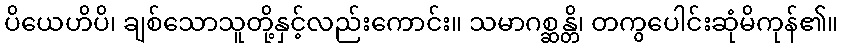
ပိယေဟိပိ၊ ချစ်သောသူတို့နှင့်လည်းကောင်း။ သမာဂစ္ဆန္တိ၊ တကွပေါင်းဆုံမိကုန်၏။